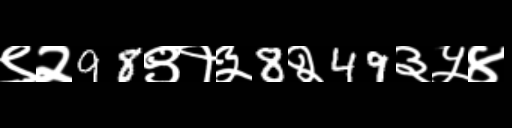
Text: ९२98९१३8२49३५४